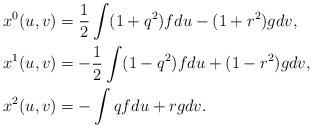
LaTeX: \begin{align*} \begin{aligned} x^0(u,v)&=\frac{1}{2}\int(1+q^2)fdu-(1+r^2)gdv,\\ x^1(u,v)&=-\frac{1}{2}\int(1-q^2)fdu+(1-r^2)gdv,\\ x^2(u,v)&=-\int qfdu+rgdv. \end{aligned}\end{align*}